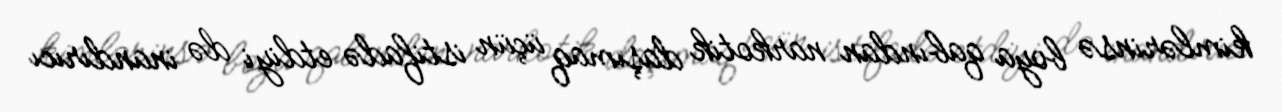
kimlərinsə boya qabından narkotik daşımaq üçün istifadə etdiyi də inandırıcı